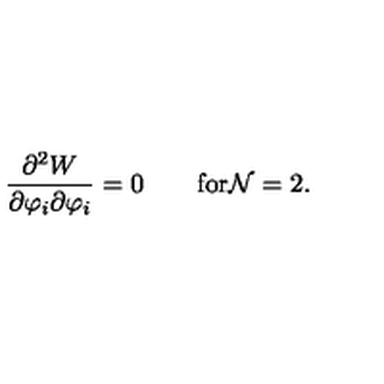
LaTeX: \frac { \partial ^ { 2 } { W } } { \partial \varphi _ { i } \partial \varphi _ { i } } = 0 \qquad \mathrm { f o r { \cal N } = 2 } .